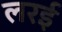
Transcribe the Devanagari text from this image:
लरई